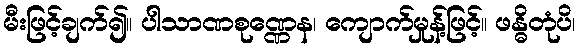
မီးဖြင့်ချက်၍။ ပါသာဏစုဏ္ဏေန၊ ကျောက်မှုန့်ဖြင့်။ ဖန္ဓိတုံပိ၊